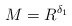
\begin{align*} M = R^{\delta_1} \end{align*}